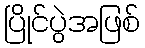
ပြိုင်ပွဲအဖြစ်